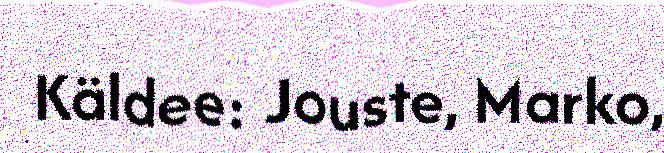
Käldee: Jouste, Marko,